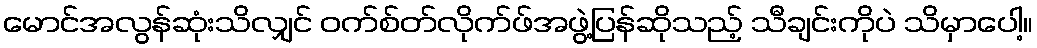
မောင်အလွန်ဆုံးသိလျှင် ဝက်စ်တ်လိုက်ဖ်အဖွဲ့ပြန်ဆိုသည့် သီချင်းကိုပဲ သိမှာပေါ့။